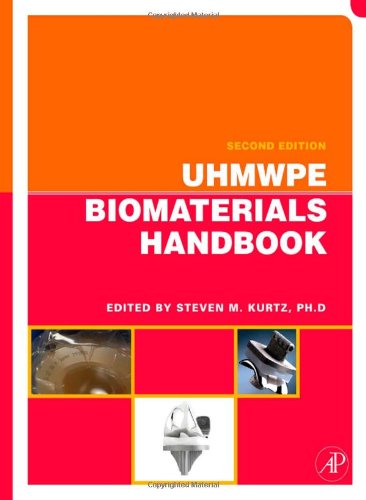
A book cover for UHMWPE Biomaterials Handbook, Second Edition: Ultra High Molecular Weight Polyethylene in Total Joint Replacement and Medical Devices; Steven M. Kurtz Ph.D.; Medical Books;